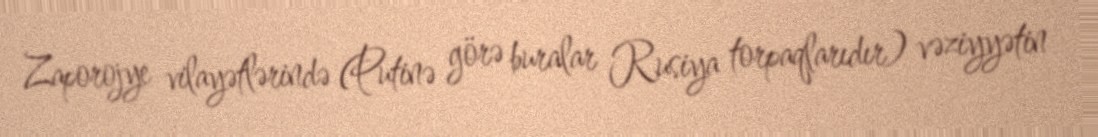
Zaporojye vilayətlərində (Putinə görə buralar Rusiya torpaqlarıdır) vəziyyətin